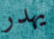
يهدر